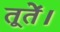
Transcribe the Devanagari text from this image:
तूतें।